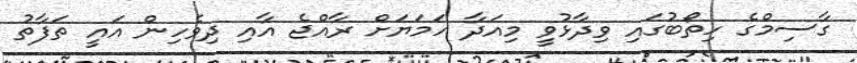
ގާސިމްގެ ހިތޯބުގައި ވިދާޅުވީ މިއަދާ ހަމަޔަށް ރާއްޖެ އާއި ދިވެހިން އައީ ތަފާތު